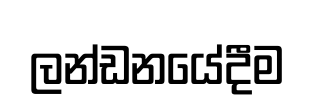
ලන්ඩනයේදීම